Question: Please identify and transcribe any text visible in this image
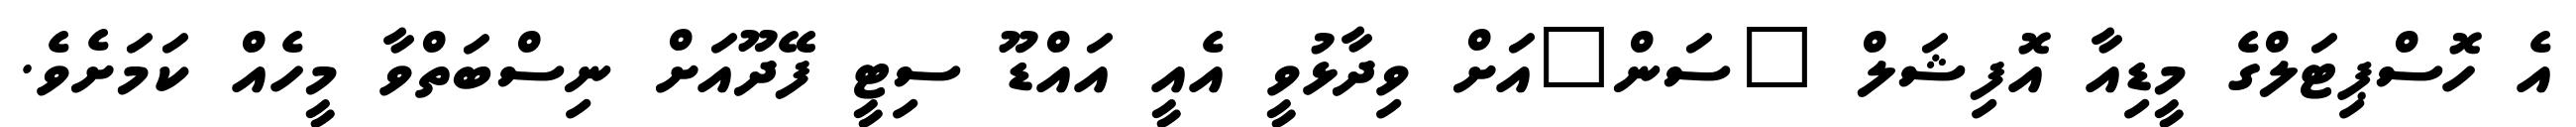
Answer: އެ ހޮސްޕިޓަލްގެ މީޑިއާ އޮފިޝަލް "ސަން"އަށް ވިދާޅުވީ އެއީ އައްޑޫ ސިޓީ ފޭދޫއަށް ނިސްބަތްވާ މީހެއް ކަމަށެވެ.